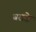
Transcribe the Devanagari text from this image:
बराक्के